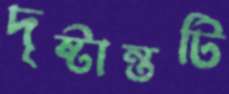
দৃষ্টান্তটি